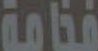
فخامة